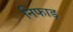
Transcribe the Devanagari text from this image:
निफाड़